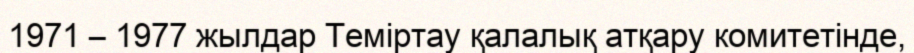
1971 – 1977 жылдар Теміртау қалалық атқару комитетінде,